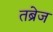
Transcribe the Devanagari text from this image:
तब्रेज